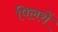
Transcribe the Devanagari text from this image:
पिलरों